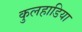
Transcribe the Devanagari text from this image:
कुलहाडिया